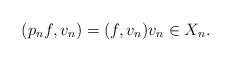
LaTeX: \begin{align*}(p_n f, v_n) = (f, v_n) v_n \in X_n.\end{align*}